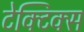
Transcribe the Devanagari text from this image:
टेक्टिक्स